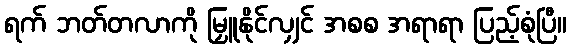
ရက် ဘတ်တလာကို မြှူနိုင်လျှင် အစစ အရာရာ ပြည့်စုံပြီ။